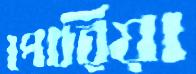
পোরিয়া